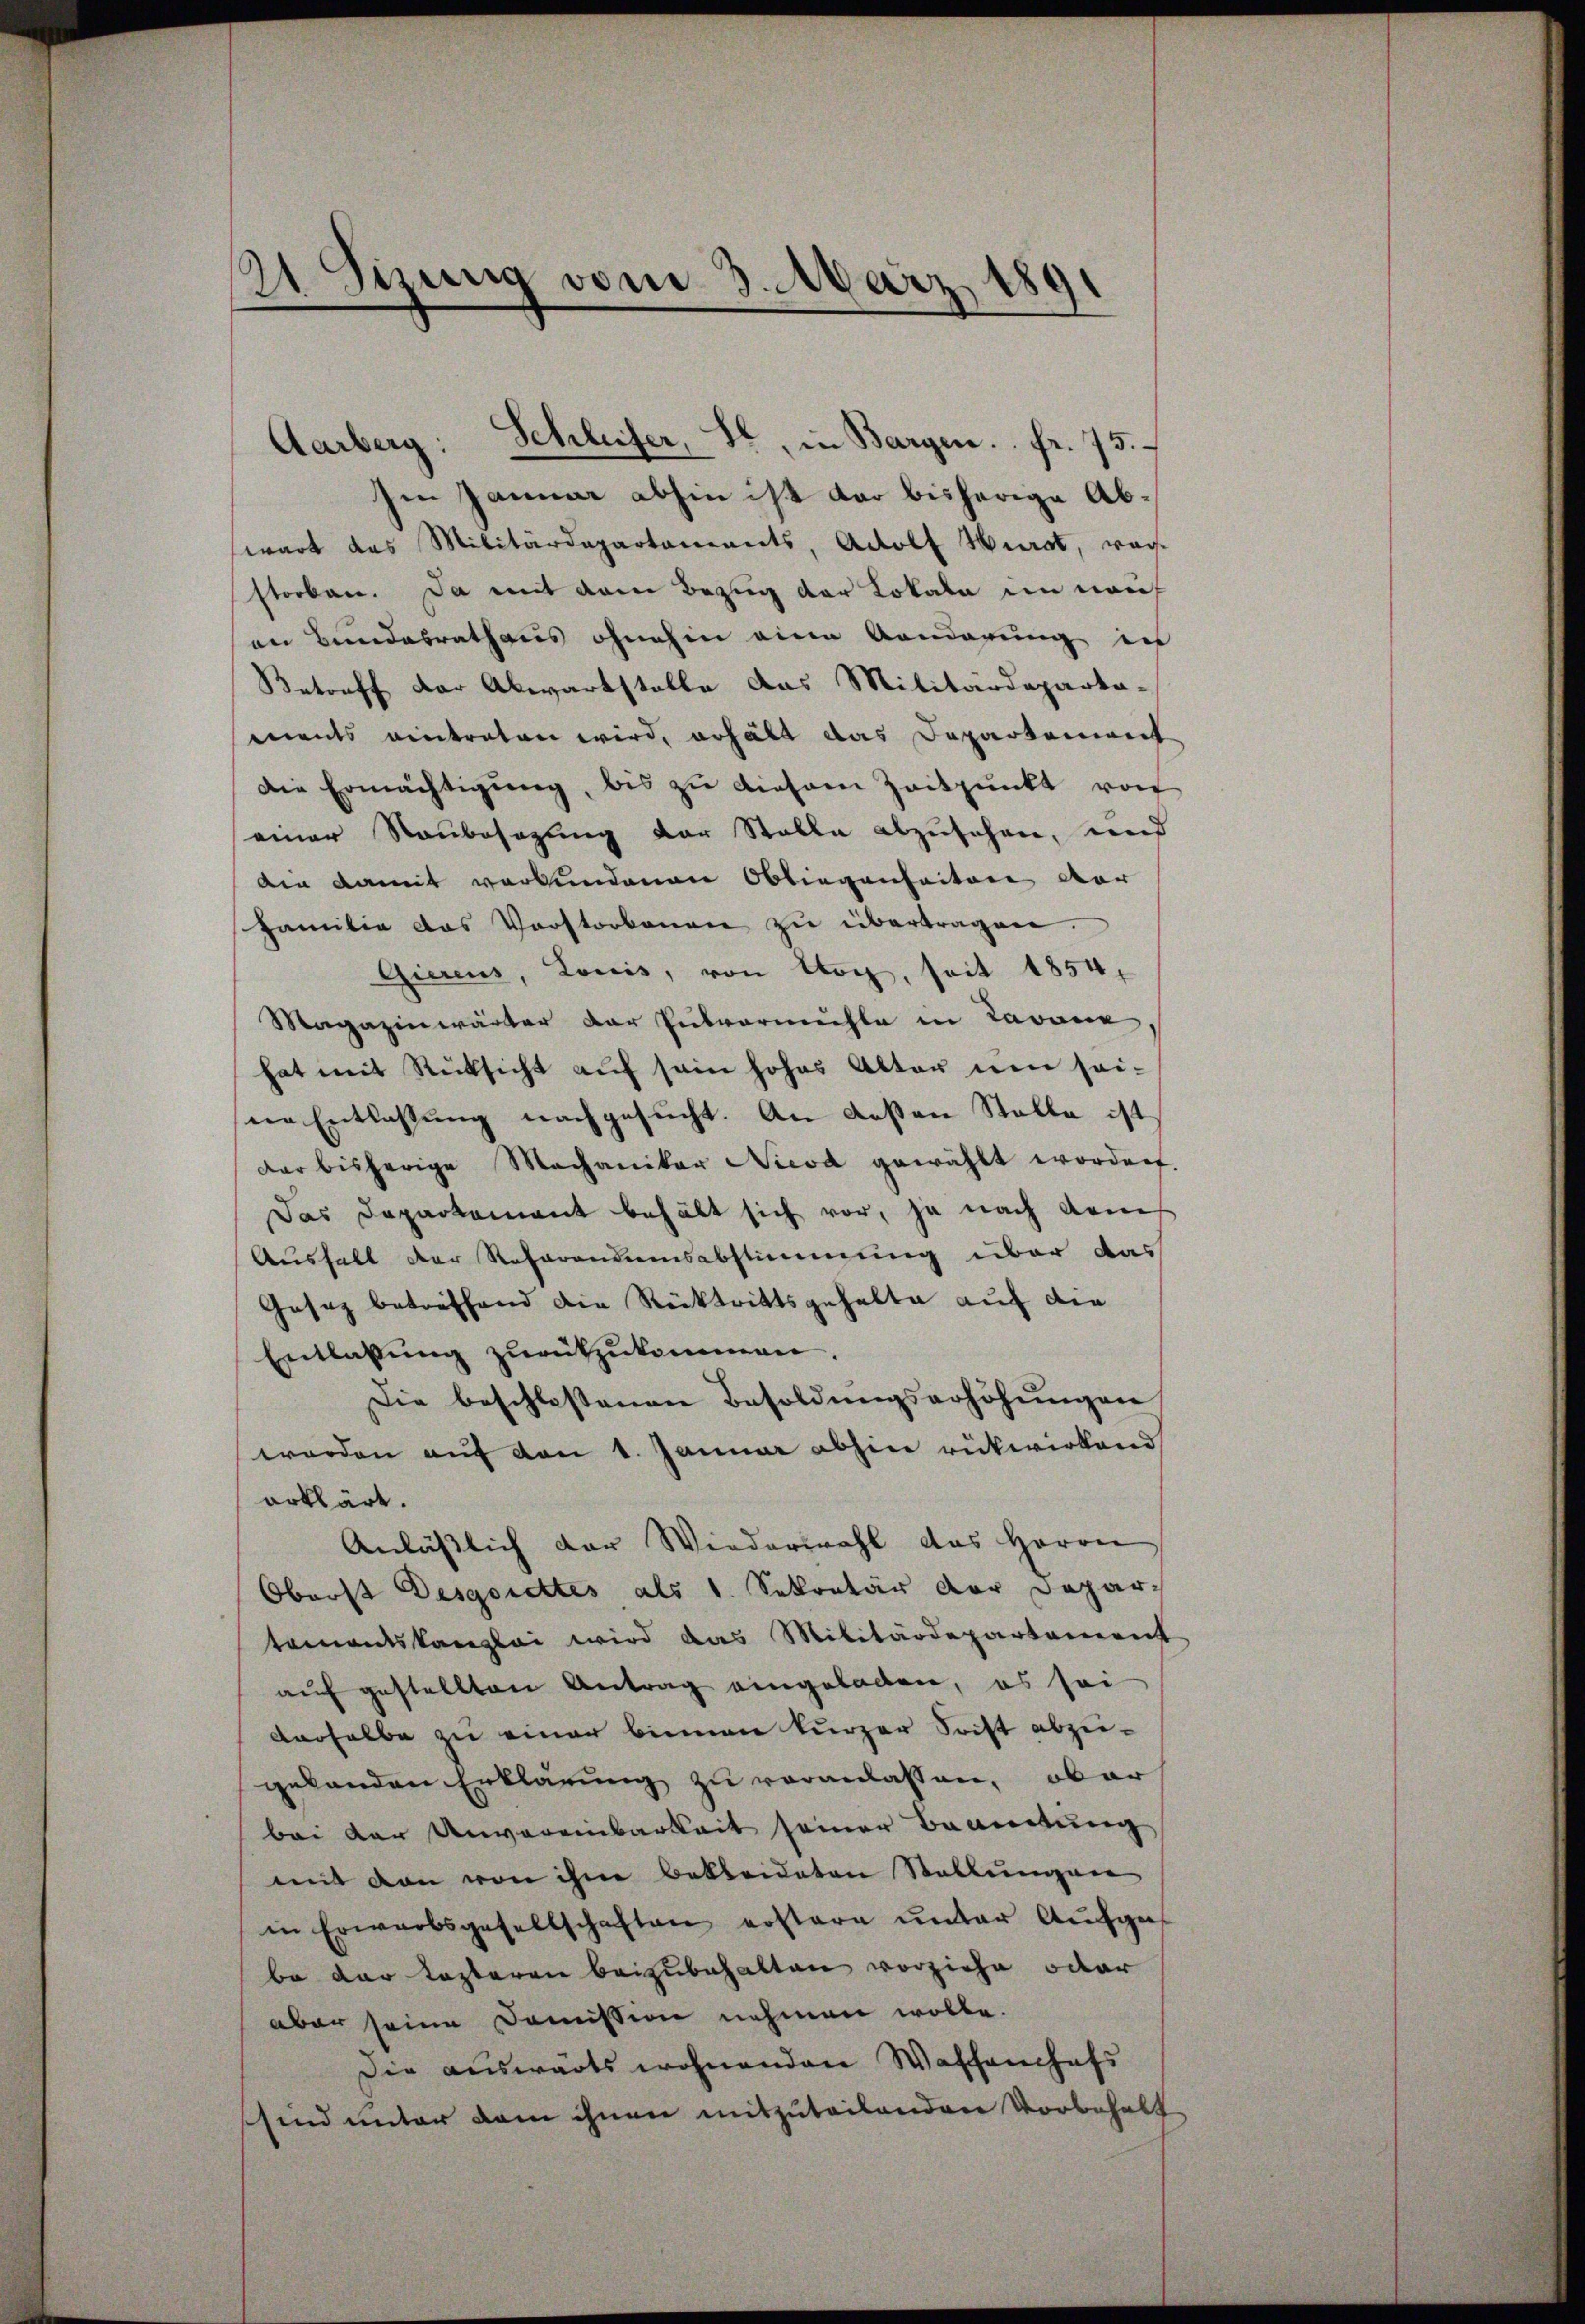
121. Sizung vom 3. März 1891

Ien Januar abhin ist dar bisherige Abwart das Militärdepartanereits, Adolf Hurot, rech-
storben. Da mit dem Bezug der Lokale in nach
an Bundesrathaus ohnehin eine Aenderung ich
Betreff der Abwartstelle das Militärdeparta-
ments eintreten wird, erhält das Departement
Die Ermächtigŭng, bis zu diesem Zeitpunkt von
einer Raubesagung der Stalle abzusehen, und
din damit verbundenen Obliegenheiten der
Familie das Vorstorbenen zu übertragen
Gierens, Louis, von Uog, seit 1854,
Magazinwärter der Pulvermühle in Lavane
hat mit Rücksicht auf sein hohes Alter neu sei-
ne Entlassung nachgesucht. An deßen Stelle ist
dar bisherige Machaniker Nicod gewählt worden.
Das Departement behält sich vor, ja nach dem
Aushalt der Referandumsabstimmung über das
Gesez betreffend die Rücktrittsgehalte auf die
Entlaßung zurückzukommen.
Die beschlossenen Besoldŭngserhöhŭngen
worden auf den 1. Januar abhin rükwirkend
erklärt.
Anläßlich der Wiederwahl das Herrn
Oberst Desgorettes als 1. Sekretär der Depar-
tamentskanzlei wird das Militärdepartement
auf gestellten Antrag eingeladen, es sei
derselbe zu einer binnen kurzer Forcht abzu-
gelanden Erklärung zu veranlassen, ober
bei der Unvereinbarkeit seiner Beamtung
mit den von ihm Bekleideten Stellungen
in Erwarbsgesellschaften erstare ŭnter Aufge
be der lezteren beizubehalten vorziehe oder
aber seine Domission nehmen wolle.
Die auswärts wohnenden Waschenhofs
ssind unter dem ihnen mitzuteilenden Vorbehalt

Aarberg: Schleifer, St. in Bargen. . fr. 75.
e